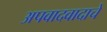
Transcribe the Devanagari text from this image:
अपवादवादाचे